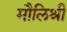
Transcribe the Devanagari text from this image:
मौलिश्री